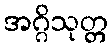
အဂ္ဂိသုတ္တ